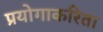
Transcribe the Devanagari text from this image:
प्रयोगाकरिता